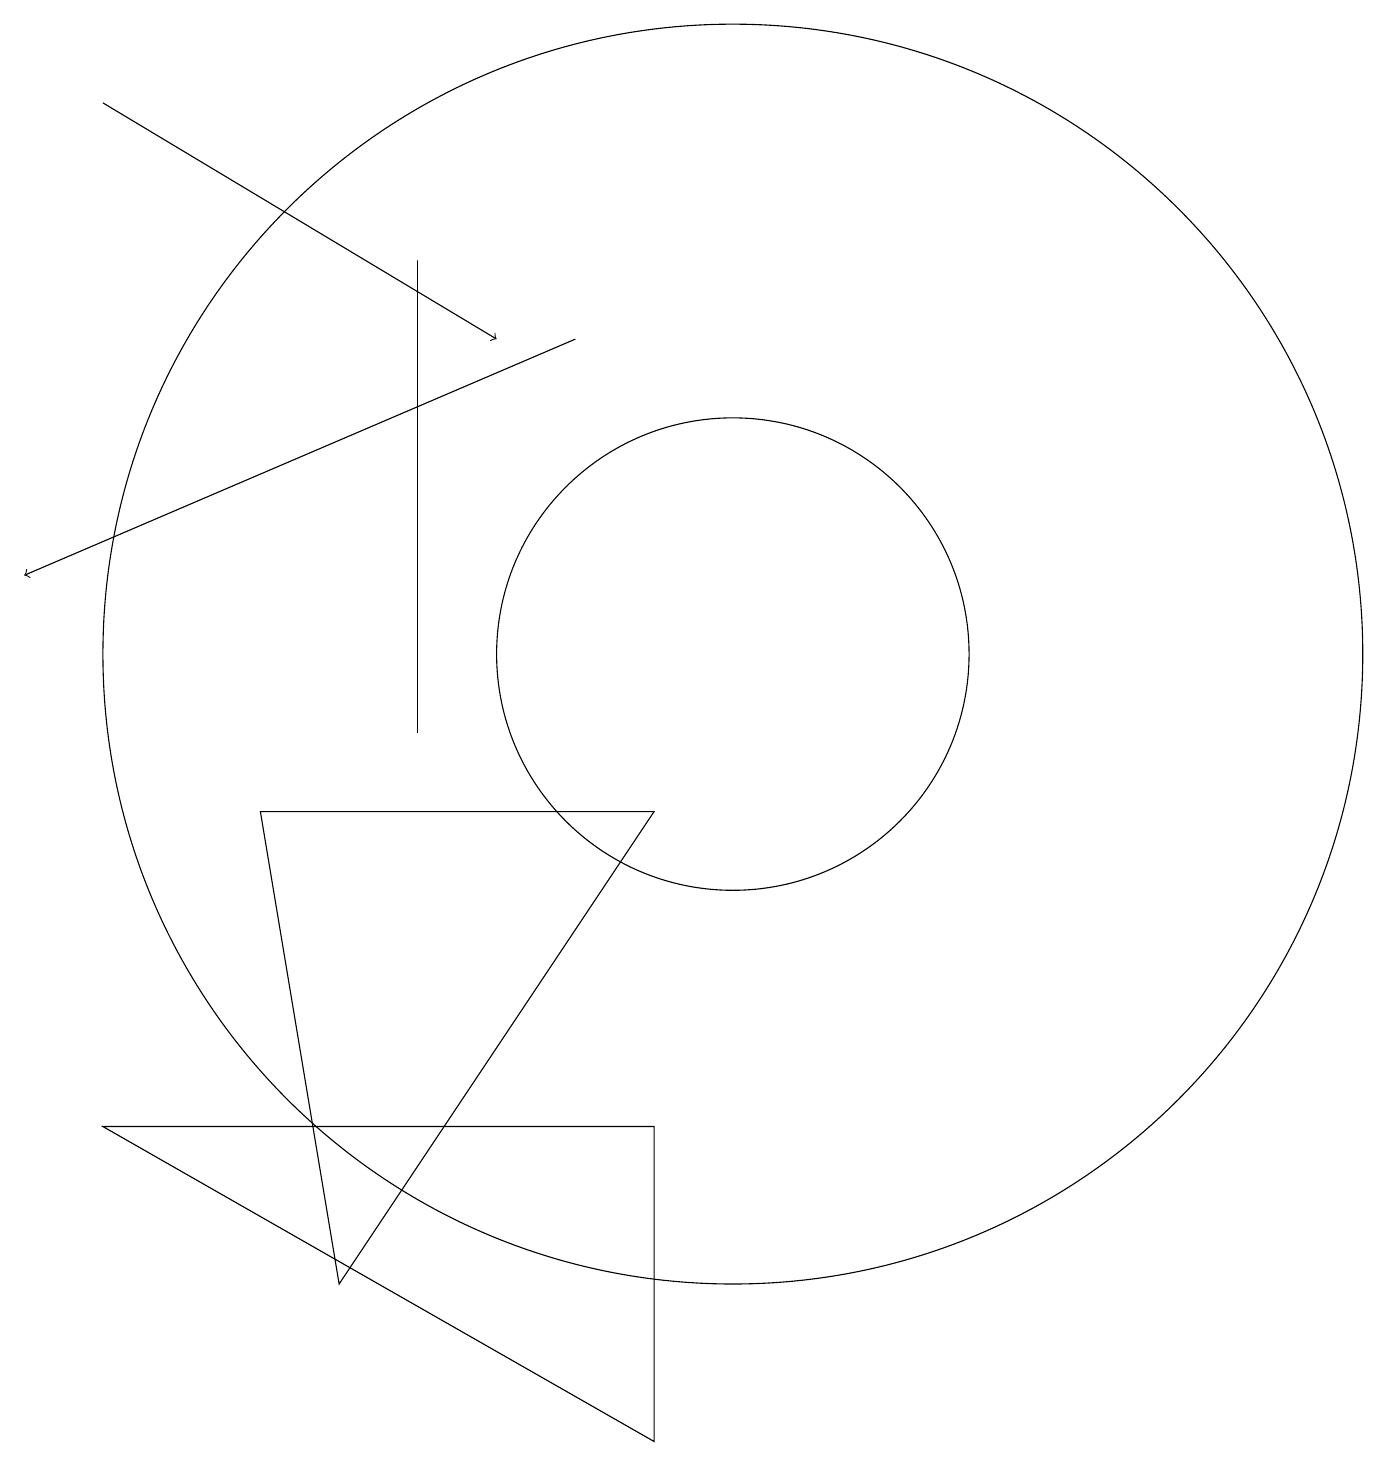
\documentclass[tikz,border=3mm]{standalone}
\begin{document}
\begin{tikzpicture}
\draw[->] (8,15) -- (1,12);
\draw (9,9) -- (5,3) -- (4,9) -- cycle;
\draw[->] (2,18) -- (7,15);
\draw (10,11) circle (3);
\draw (6,16) rectangle (6,10);
\draw (2,5) -- (9,1) -- (9,5) -- cycle;
\draw (10,11) circle (8);
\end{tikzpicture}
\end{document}